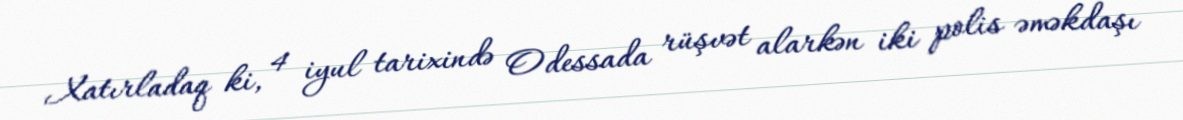
Xatırladaq ki, 4 iyul tarixində Odessada rüşvət alarkən iki polis əməkdaşı